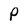
Character: P